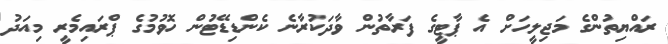
ރައްޔިތުންގެ މަޖިލީހަށް އެ ޕާޓީގެ ފަރާތުން ވާދަކުރާނެ ކެންޑިޑޭޓުން ހޮވުމުގެ ޕްރައިމެރީ މިއަދު